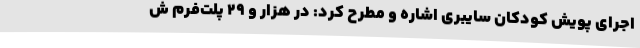
اجرای پویش کودکان سایبری اشاره و مطرح کرد: در هزار و 29 پلت‌فرم ش